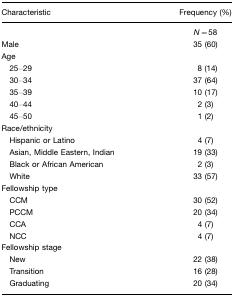
| Characteristic | Frequency (%) |
 | --- | --- |
 |  | N=58 |
 | Male | 35 (60) |
 | Age |  |
 | 25–29 | 8 (14) |
 | 30–34 | 37 (64) |
 | 35–39 | 10 (17) |
 | 40–44 | 2 (3) |
 | 45–50 | 1 (2) |
 | Race/ethnicity |  |
 | Hispanic or Latino | 4 (7) |
 | Asian, Middle Eastern, Indian | 19 (33) |
 | Black or African American | 2 (3) |
 | White | 33 (57) |
 | Fellowship type |  |
 | CCM | 30 (52) |
 | PCCM | 20 (34) |
 | CCA | 4 (7) |
 | NCC | 4 (7) |
 | Fellowship stage |  |
 | New | 22 (38) |
 | Transition | 16 (28) |
 | Graduating | 20 (34) |